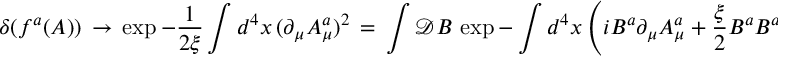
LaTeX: \delta ( f ^ { a } ( A ) ) \, \to \, \exp - \frac { 1 } { 2 \xi } \int d ^ { 4 } x \, ( \partial _ { \mu } A _ { \mu } ^ { a } ) ^ { 2 } \, = \, \int \mathcal { D } B \, \exp - \int d ^ { 4 } x \left( i B ^ { a } \partial _ { \mu } A _ { \mu } ^ { a } + \frac { \xi } { 2 } B ^ { a } B ^ { a } \right) \; ,